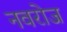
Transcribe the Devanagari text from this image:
नवरोज